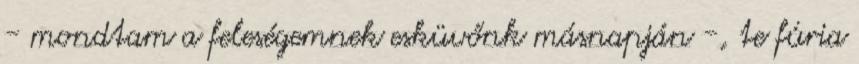
- mondtam a feleségemnek esküvőnk másnapján -, te fúria